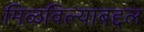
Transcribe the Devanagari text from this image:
मिळविल्याबद्दल